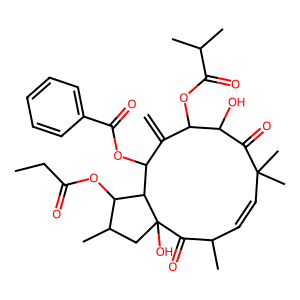
SMILES: C=C1C(OC(=O)C(C)C)C(O)C(=O)C(C)(C)C=CC(C)C(=O)C2(O)CC(C)C(OC(=O)CC)C2C1OC(=O)c1ccccc1
Inhibits HIV replication: No